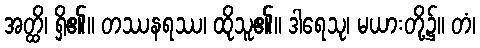
အတ္ထိ၊ ရှိ၏။ တဿနရဿ၊ ထိုသူ၏။ ဒါရေသု၊ မယားတို့၌။ တံ၊